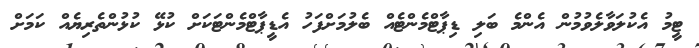
ޓީމު އެކުލަވާލެވުމުން އެންމެ ބަލި ޑިޕާޓްމެންޓެއް ބެލުމަށްފަހު އެޑީޕާޓްމެންޓަކަށް ކުޅޭ ކުޅުންތެރިޔެއް ކަމަށް